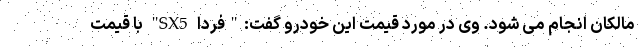
مالکان انجام می شود. وی در مورد قیمت این خودرو گفت:"فردا SX5" با قیمت